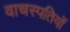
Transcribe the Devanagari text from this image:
वाचस्पतियों